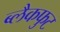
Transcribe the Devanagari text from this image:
ब्लैकफुट